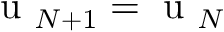
\mathrm { ~ u ~ } _ { N + 1 } = \mathrm { ~ u ~ } _ { N }